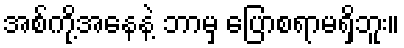
အစ်ကို့အနေနဲ့ ဘာမှ ပြောစရာမရှိဘူး။